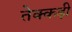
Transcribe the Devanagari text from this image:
तेक्कड़ी